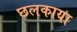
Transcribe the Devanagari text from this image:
छलकाया